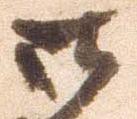
御